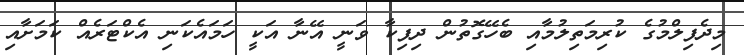
މިދެފިލްމުގެ ކުރިމަތިލުމާއި ބެހޭގޮތުން ދިޕިކާ ވަނީ އޭނާ އަކީ ހަމައެކަނި އެކްޓަރެއް ކަމަށާއި